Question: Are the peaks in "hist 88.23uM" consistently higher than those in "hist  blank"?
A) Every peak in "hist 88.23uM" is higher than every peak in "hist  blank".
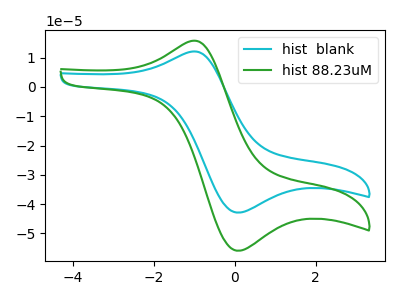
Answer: <think>The cyan curve "hist  blank" has an anodic peak at (-1.05V, 12.00uA) and a cathodic peak at (0.05V, -42.85uA). The green curve "hist 88.23uM" has an anodic peak at (-1.05V, 15.65uA) and a cathodic peak at (0.05V, -55.90uA).</think>
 <answer>A) Every peak in "hist 88.23uM" is higher than every peak in "hist  blank".</answer>
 <eval>A</eval>